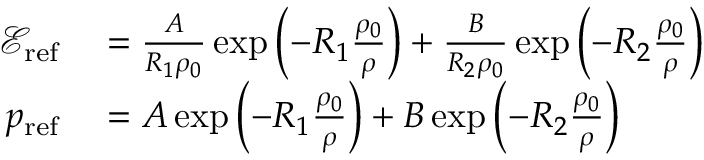
\begin{array} { r l } { \mathscr { E } _ { \mathrm { r e f } } } & { { } = \frac { A } { R _ { 1 } \rho _ { 0 } } \exp \left( { - R _ { 1 } \frac { \rho _ { 0 } } { \rho } } \right) + \frac { B } { R _ { 2 } \rho _ { 0 } } \exp \left( { - R _ { 2 } \frac { \rho _ { 0 } } { \rho } } \right) } \\ { p _ { \mathrm { r e f } } } & { { } = A \exp \left( { - R _ { 1 } \frac { \rho _ { 0 } } { \rho } } \right) + B \exp \left( { - R _ { 2 } \frac { \rho _ { 0 } } { \rho } } \right) } \end{array}